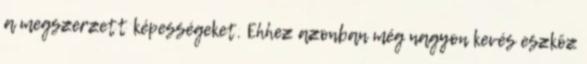
a megszerzett képességeket. Ehhez azonban még nagyon kevés eszköz